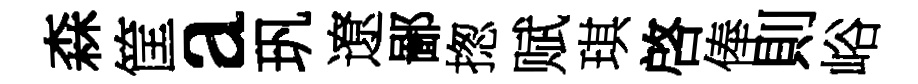
森筐a㺬遼鄙揔赋琪啓俸則峪